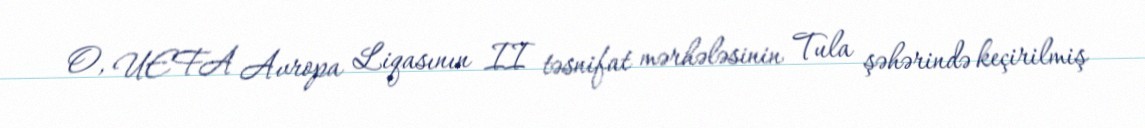
O, UEFA Avropa Liqasının II təsnifat mərhələsinin Tula şəhərində keçirilmiş